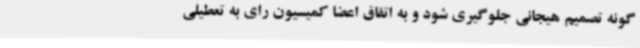
گونه تصمیم هیجانی جلوگیری شود و به اتفاق اعضا کمیسیون رای به تعطیلی